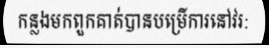
កន្លងមកពួកគាត់បានបម្រើការនៅវរ: